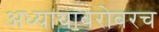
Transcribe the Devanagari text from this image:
अध्यायाबरोबरच